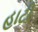
હાટી